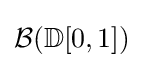
{\mathcal {B}}(\mathbb {D} [0,1])